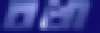
বখা